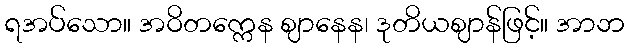
ရအပ်သော။ အဝိတက္ကေန ဈာနေန၊ ဒုတိယဈာန်ဖြင့်။ အာဘ